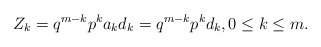
\begin{align*}Z_{k}=q^{m-k}p^{k}a_{k}d_{k}=q^{m-k}p^{k}d_{k}, 0\leq k\leq m.\end{align*}